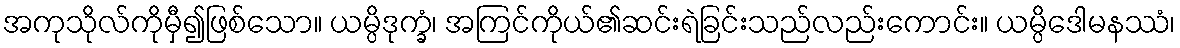
အကုသိုလ်ကိုမှီ၍ဖြစ်သော။ ယမ္ပိဒုက္ခံ၊ အကြင်ကိုယ်၏ဆင်းရဲခြင်းသည်လည်းကောင်း။ ယမ္ပိဒေါမနဿံ၊